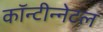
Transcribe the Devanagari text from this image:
कॉन्टीन्नेटल